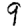
Digit: 9